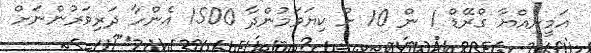
އަމީނިއްޔާ ގްރޭޑް 1 ން 10 ށް ކިޔަވަމުންދާ 1500 އެންހާ ދަރިވަރުންނަށް